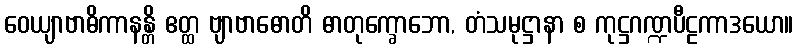
ဝေယျာဗာဓိကာနန္တိ ဧတ္ထ ဗျာဗာဓောတိ ဓာတုက္ခောဘော, တံသမုဋ္ဌာနာ စ ကုဋ္ဌဂဏ္ဍပီဠကာဒယော။